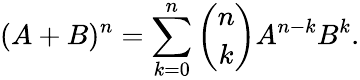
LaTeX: (A+B)^{n}=\sum_{k=0}^{n}\binom{n}{k}A^{n-k}B^{k}.